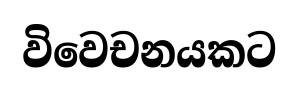
විවෙචනයකට